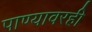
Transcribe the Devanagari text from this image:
पाण्यावरही